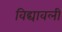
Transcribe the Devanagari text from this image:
विद्यावली